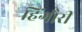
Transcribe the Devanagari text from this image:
हिंगौरी